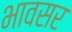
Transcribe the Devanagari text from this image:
भावसर